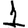
Digit: 1